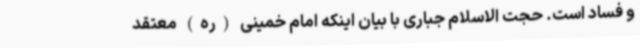
و فساد است. حجت الاسلام جباری با بیان اینکه امام خمینی (ره) معتقد